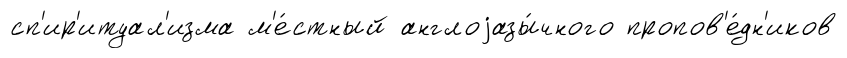
сп'ир'итуал'изма м'е́стный англоjазы́чного пропов'е́дн'иков